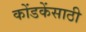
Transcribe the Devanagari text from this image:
कोंडकेंसाठी